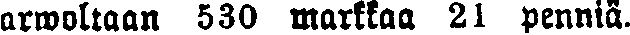
arwoltaan 530 markkaa 21 penniä.